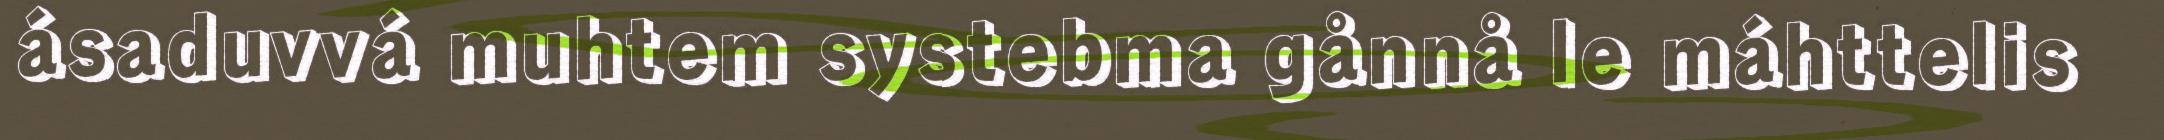
ásaduvvá muhtem systebma gånnå le máhttelis